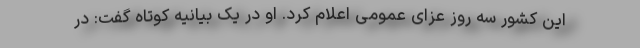
این کشور سه روز عزای عمومی اعلام کرد. او در یک بیانیه کوتاه گفت: در